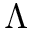
\Lambda